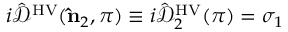
i \hat { \mathcal { D } } ^ { \mathrm { H V } } ( { \bf \hat { n } } _ { 2 } , \pi ) \equiv i \hat { \mathcal { D } } _ { 2 } ^ { \mathrm { H V } } ( \pi ) = \sigma _ { 1 }